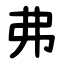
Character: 弗